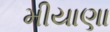
મીયાણા